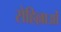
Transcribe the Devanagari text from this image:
रोहिल्लाओं